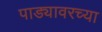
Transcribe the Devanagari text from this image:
पाड्यावरच्या